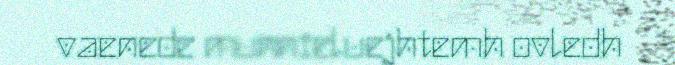
vaenede munnieluejhtemh ovledh